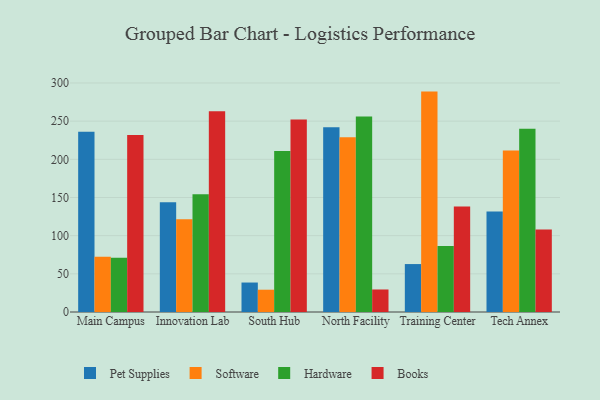
{"axis": {"x": "Campus", "y": "Inventory Turnover"}, "legend": ["Books", "Hardware", "Pet Supplies", "Software"], "data": [{"x": "Main Campus", "y": 236.0, "type": "Pet Supplies"}, {"x": "Main Campus", "y": 72.3, "type": "Software"}, {"x": "Main Campus", "y": 71.1, "type": "Hardware"}, {"x": "Main Campus", "y": 231.8, "type": "Books"}, {"x": "Innovation Lab", "y": 143.8, "type": "Pet Supplies"}, {"x": "Innovation Lab", "y": 121.6, "type": "Software"}, {"x": "Innovation Lab", "y": 154.1, "type": "Hardware"}, {"x": "Innovation Lab", "y": 263.1, "type": "Books"}, {"x": "South Hub", "y": 38.6, "type": "Pet Supplies"}, {"x": "South Hub", "y": 29.2, "type": "Software"}, {"x": "South Hub", "y": 211.0, "type": "Hardware"}, {"x": "South Hub", "y": 252.0, "type": "Books"}, {"x": "North Facility", "y": 242.1, "type": "Pet Supplies"}, {"x": "North Facility", "y": 229.0, "type": "Software"}, {"x": "North Facility", "y": 256.1, "type": "Hardware"}, {"x": "North Facility", "y": 29.5, "type": "Books"}, {"x": "Training Center", "y": 62.8, "type": "Pet Supplies"}, {"x": "Training Center", "y": 288.7, "type": "Software"}, {"x": "Training Center", "y": 86.3, "type": "Hardware"}, {"x": "Training Center", "y": 138.2, "type": "Books"}, {"x": "Tech Annex", "y": 131.7, "type": "Pet Supplies"}, {"x": "Tech Annex", "y": 211.7, "type": "Software"}, {"x": "Tech Annex", "y": 239.9, "type": "Hardware"}, {"x": "Tech Annex", "y": 108.1, "type": "Books"}]}